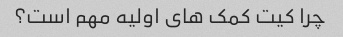
چرا کیت کمک های اولیه مهم است؟